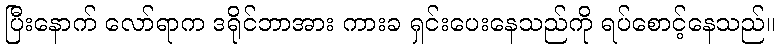
ပြီးနောက် လော်ရာက ဒရိုင်ဘာအား ကားခ ရှင်းပေးနေသည်ကို ရပ်စောင့်နေသည်။